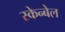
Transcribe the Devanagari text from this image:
स्केन्बेल